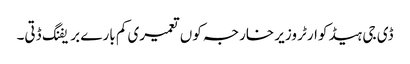
ڈی جی ہیڈ کوارٹر وزیر خارجہ کوں تعمیری کم بارے بریفنگ ڈتی۔